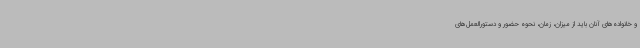
و خانواده‌های آنان باید از میزان، زمان، نحوه حضور و دستورالعمل‌های